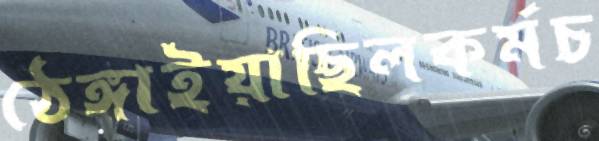
ঠেঙ্গাইয়াছিলকর্মচ